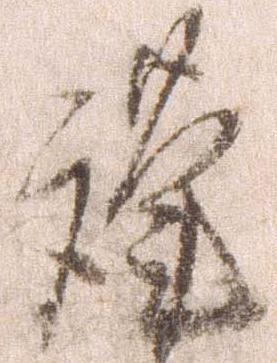
謹